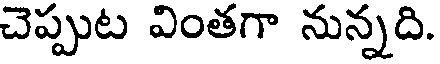
చెప్పుట వింతగా నున్నది.